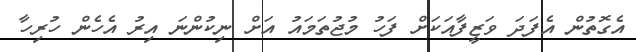
އެގޮތުން އެފަދަ ވަޒީފާއަކަށް ފަހު މުޖުތަމައު އަށް ނިކުންނަ އިރު އެހެން ހުރިހާ